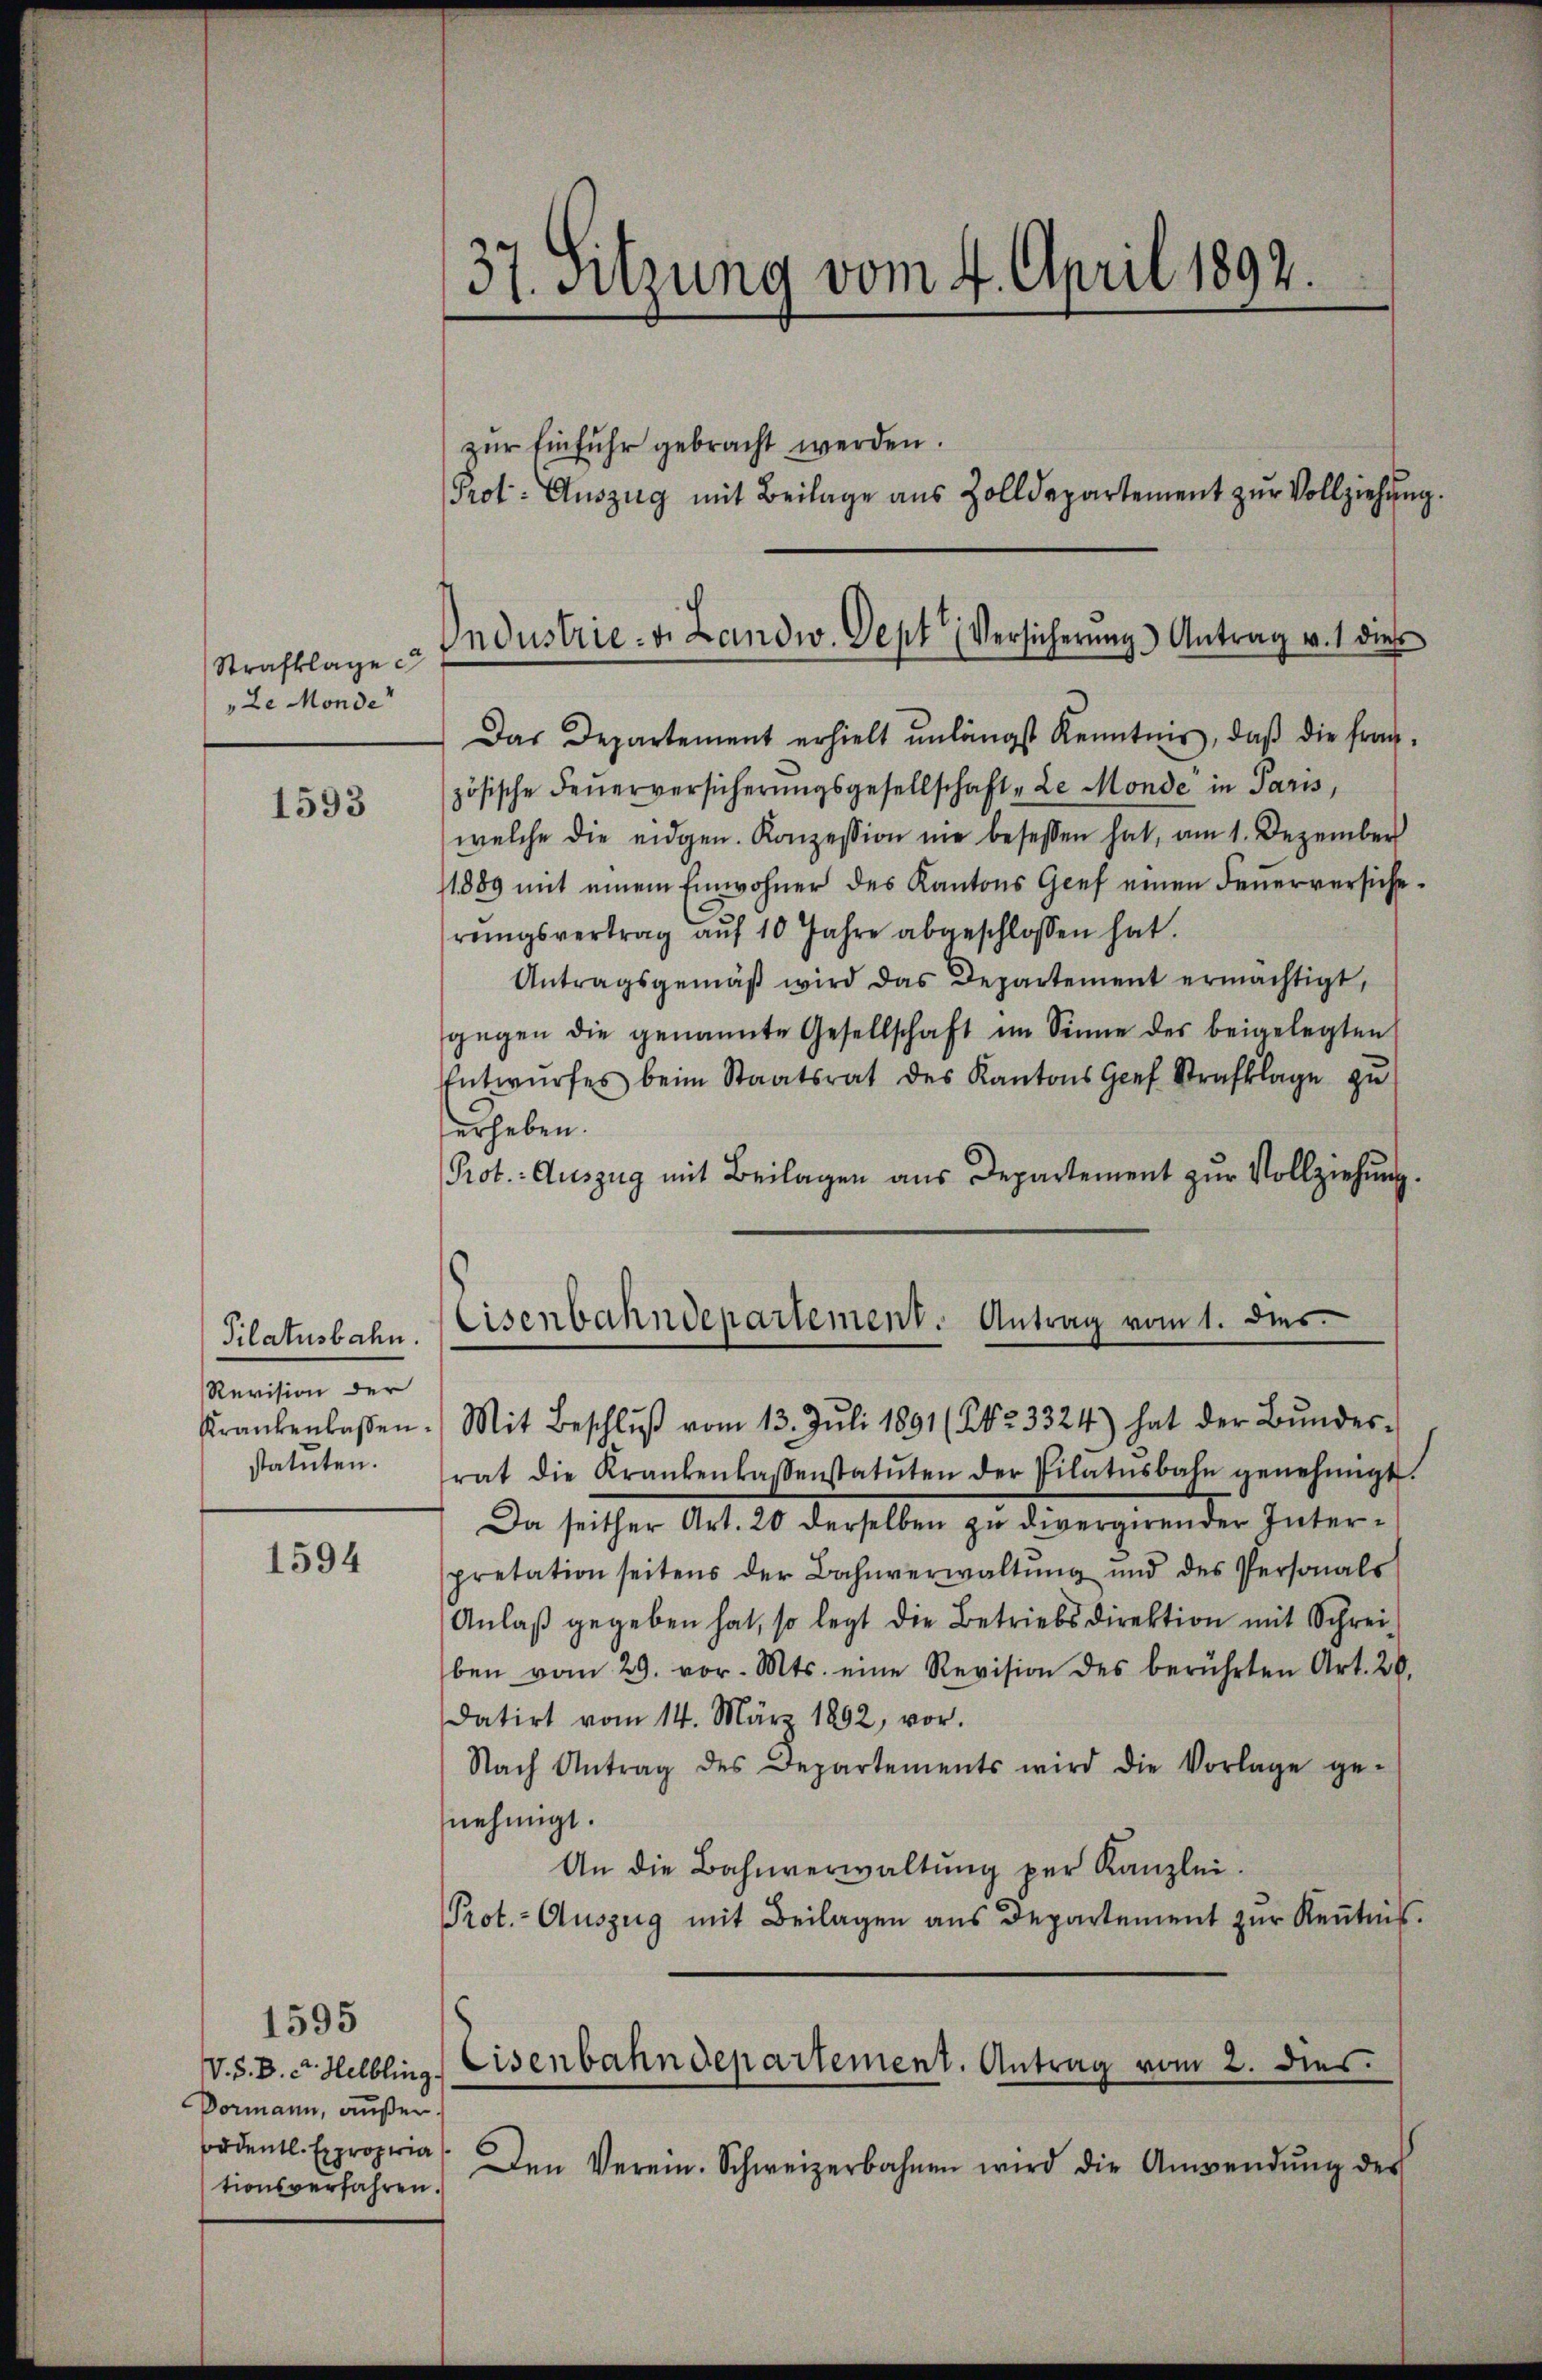
Strafklage
Le Monde

1593

Pilatusbahn.
Revision der
Krankenkassen
statuten.

1594

V. S. B. d. Helbling.
Dormann, außer
ordentl. Expropria
tionsverfahren

zŭr Einführ gebracht werden.
Prot. Auszug mit Beilage aus Zolldepartement zŭr Vollziehung

37. Sitzung vom 4. April 1892.

Das Departement erhielt unlängst Kenntnis, daβ die fran-
zösische Feŭerversicherŭngsgesellschaft „Le Monde in Paris,
welche die eidgen. Konzession nie besessen hat, am 1. Dezember
1889 mit einem Einwohner des Kantons Gief einen Feŭerversiche
rŭngsvertrag aŭf 10 Jahre abgeschlossen hat.
Antragsgemäβ wird das Departement ermächtigt,
gegen die genannte Gesellschaft im Sinne des beigelegten
Entwŭrfes beim Staatsrat des Kantons Graf Strafklage zu
erheben.
Prot. Auszug mit Beilagen aus Departement zŭr Vollziehung.
Mit Beschlŭβ vom 13. Jŭli 1891 (8423324) hat der Bŭndes-
rat die Krankenkassenstatuten der Pilatŭsbahn genehmigt.
Da seither Art. 20 derselben zu divergirender Interpretation seitens der Bahnverwaltŭng und des Personals
Anlaβ gegeben hat, so legt die Betriebsdirektion mit Schrei
ben vom 29. vor. Mts. eine Revision des berührten Art. 20.
datirt vom 14. März 1892, vor.
Nach Antrag des Departements wird die Vorlage ge-
nehmigt.
An die Bahnverwaltŭng per Kanzlei.
Prot.- Auszug mit Beilagen ans Departement zŭr Keṅtnis.
Den Verein. Schweizerbahnen wird die Anwendŭng des

Industrie. v. Landw. Sept Versicherŭng Antrag v. 1 diese

Eisenbahndepartement. Antrag vom 1. des

Eisenbahndepartement. Antrag vom 2. dies